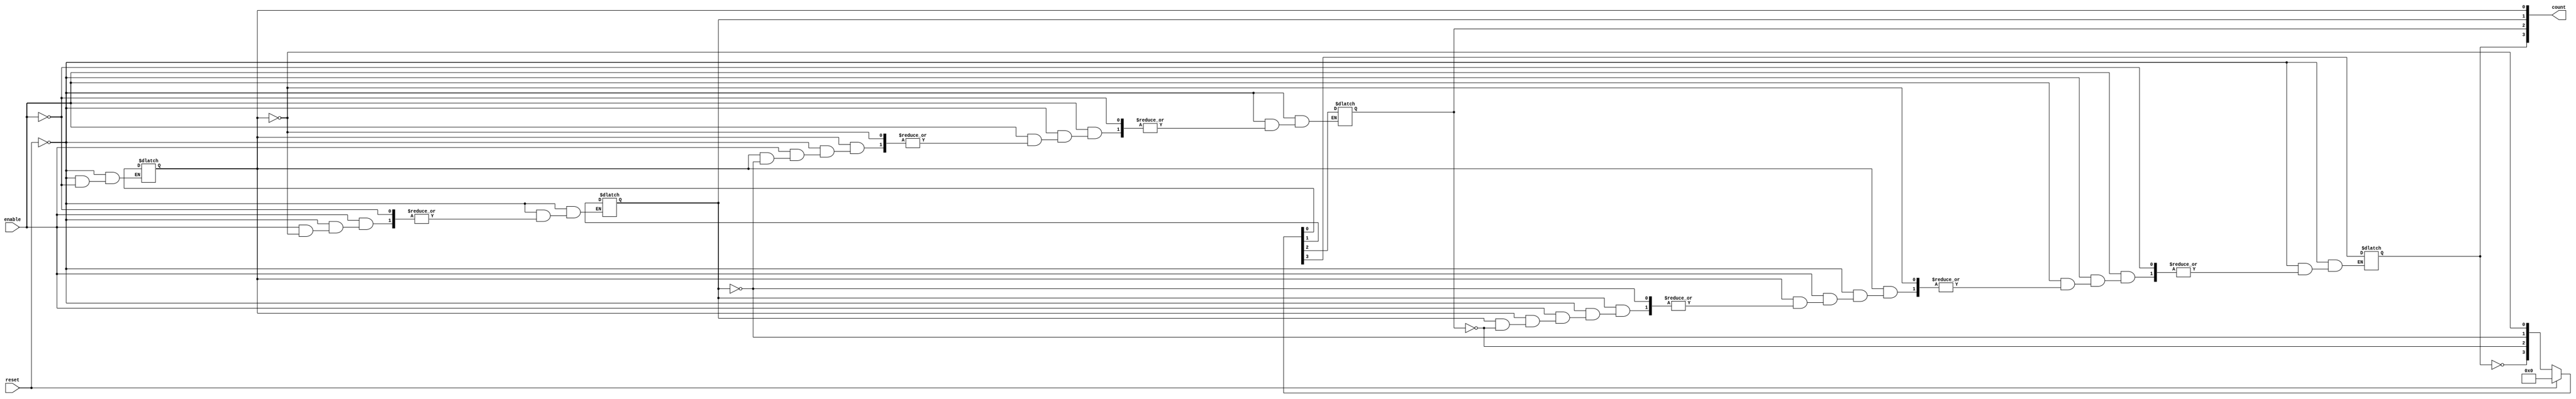
module async_counter (
    input wire enable,     // Enable signal to increment the counter
    input wire reset,      // Asynchronous reset signal
    output reg [3:0] count // 4-bit counter output
);

// Always block triggered by changes in reset and enable signals
always @(*) begin
    if (reset) begin
        count = 4'b0000; // Reset counter to 0
    end else if (enable) begin
        // Increment counter on enable signal
        count[0] = ~count[0]; // Toggle LSB
        if (count[0] == 1'b0) begin // If LSB goes from 1 to 0
            count[1] = ~count[1]; // Toggle next bit
            if (count[1] == 1'b0) begin // If second bit goes from 1 to 0
                count[2] = ~count[2]; // Toggle third bit
                if (count[2] == 1'b0) begin // If third bit goes from 1 to 0
                    count[3] = ~count[3]; // Toggle MSB
                end
            end
        end
    end
end

endmodule